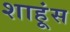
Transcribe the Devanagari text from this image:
शाहूंस